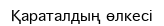
Қараталдың өлкесі